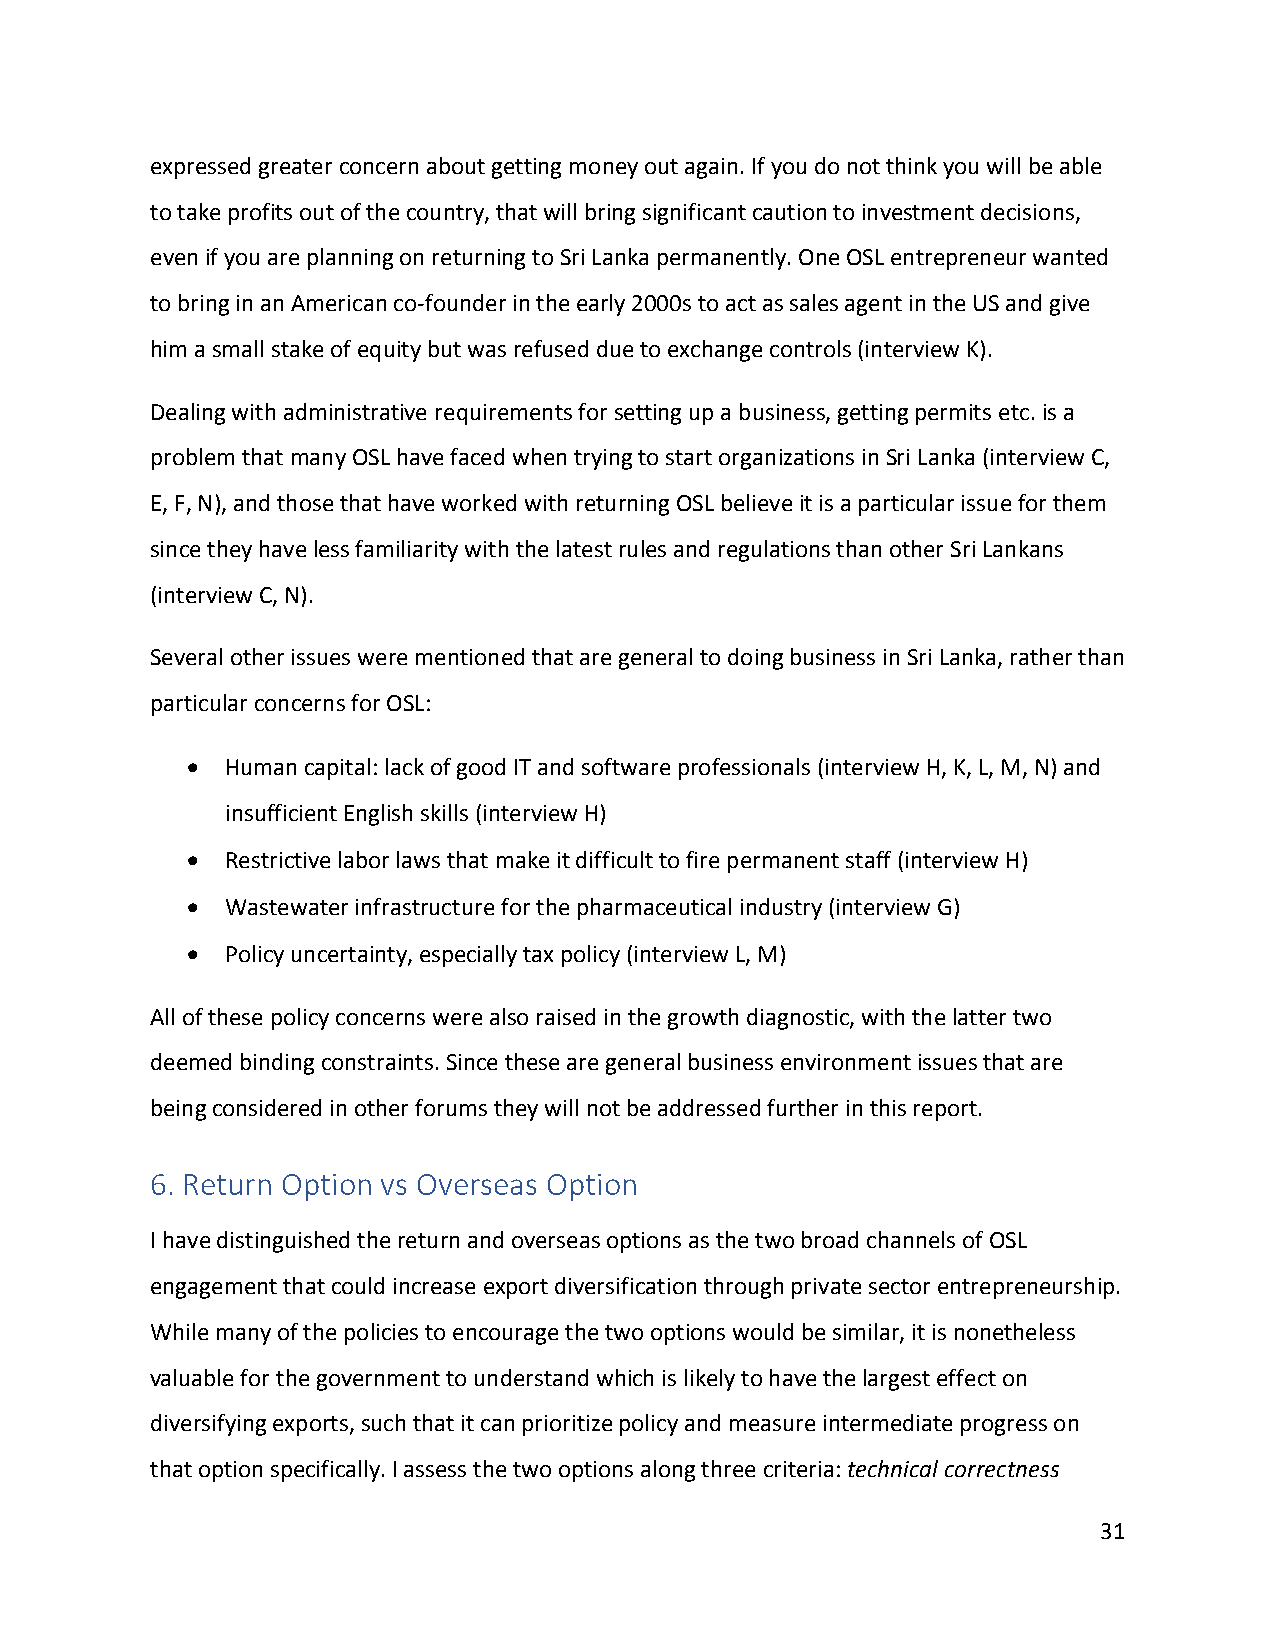
expressed greater concern about getting money out again. If you do not think you will be able
 to take profits out of the country, that will bring significant caution to investment decisions,
 even if you are planning on returning to Sri Lanka permanently. One OSL entrepreneur wanted
 to bring in an American co-founder in the early 2000s to act as sales agent in the US and give
 him a small stake of equity but was refused due to exchange controls (interview K).
 Dealing with administrative requirements for setting up a business, getting permits etc. is a
 problem that many OSL have faced when trying to start organizations in Sri Lanka (interview C,
 E, F, N), and those that have worked with returning OSL believe it is a particular issue for them
 since they have less familiarity with the latest rules and regulations than other Sri Lankans
 (interview C, N).
 Several other issues were mentioned that are general to doing business in Sri Lanka, rather than
 particular concerns for OSL:
 •  Human capital: lack of good IT and software professionals (interview H, K, L, M, N) and
 insufficient English skills (interview H)
 •  Restrictive labor laws that make it difficult to fire permanent staff (interview H)
 •  Wastewater infrastructure for the pharmaceutical industry (interview G)
 •  Policy uncertainty, especially tax policy (interview L, M)
 All of these policy concerns were also raised in the growth diagnostic, with the latter two
 deemed binding constraints. Since these are general business environment issues that are
 being considered in other forums they will not be addressed further in this report.
 6. Return Option vs Overseas Option
 I have distinguished the return and overseas options as the two broad channels of OSL
 engagement that could increase export diversification through private sector entrepreneurship.
 While many of the policies to encourage the two options would be similar, it is nonetheless
 valuable for the government to understand which is likely to have the largest effect on
 diversifying exports, such that it can prioritize policy and measure intermediate progress on
 that option specifically. I assess the two options along three criteria: technical correctness
 31